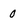
Character: 0